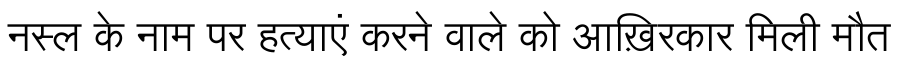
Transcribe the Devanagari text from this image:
नस्ल के नाम पर हत्याएं करने वाले को आख़िरकार मिली मौत